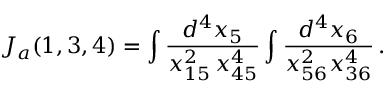
J _ { a } ( 1 , 3 , 4 ) = \int \frac { d ^ { 4 } x _ { 5 } } { x _ { 1 5 } ^ { 2 } \, x _ { 4 5 } ^ { 4 } } \int \frac { d ^ { 4 } x _ { 6 } } { x _ { 5 6 } ^ { 2 } x _ { 3 6 } ^ { 4 } } \, .